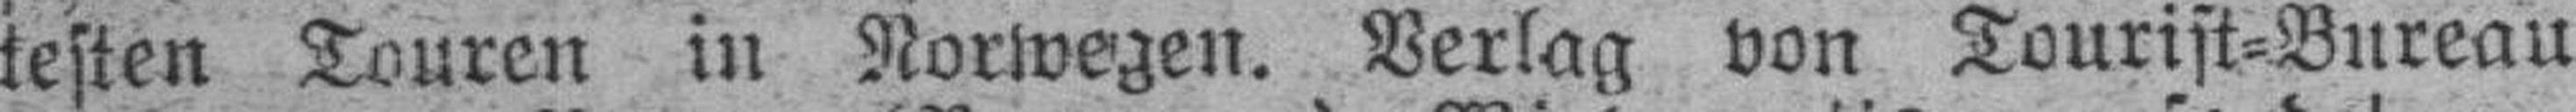
kesten Touren in Norwegen. Verlag von Tourist=Bureau